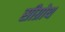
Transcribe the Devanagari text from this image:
सीग्रोथ